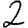
Digit: 2